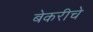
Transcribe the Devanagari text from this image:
बेकरीचे